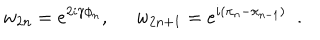
w _ { 2 n } = e ^ { 2 i \gamma \phi _ { n } } , \; \; w _ { 2 n + 1 } = e ^ { i ( \pi _ { n } - \pi _ { n - 1 } ) } \; \; .